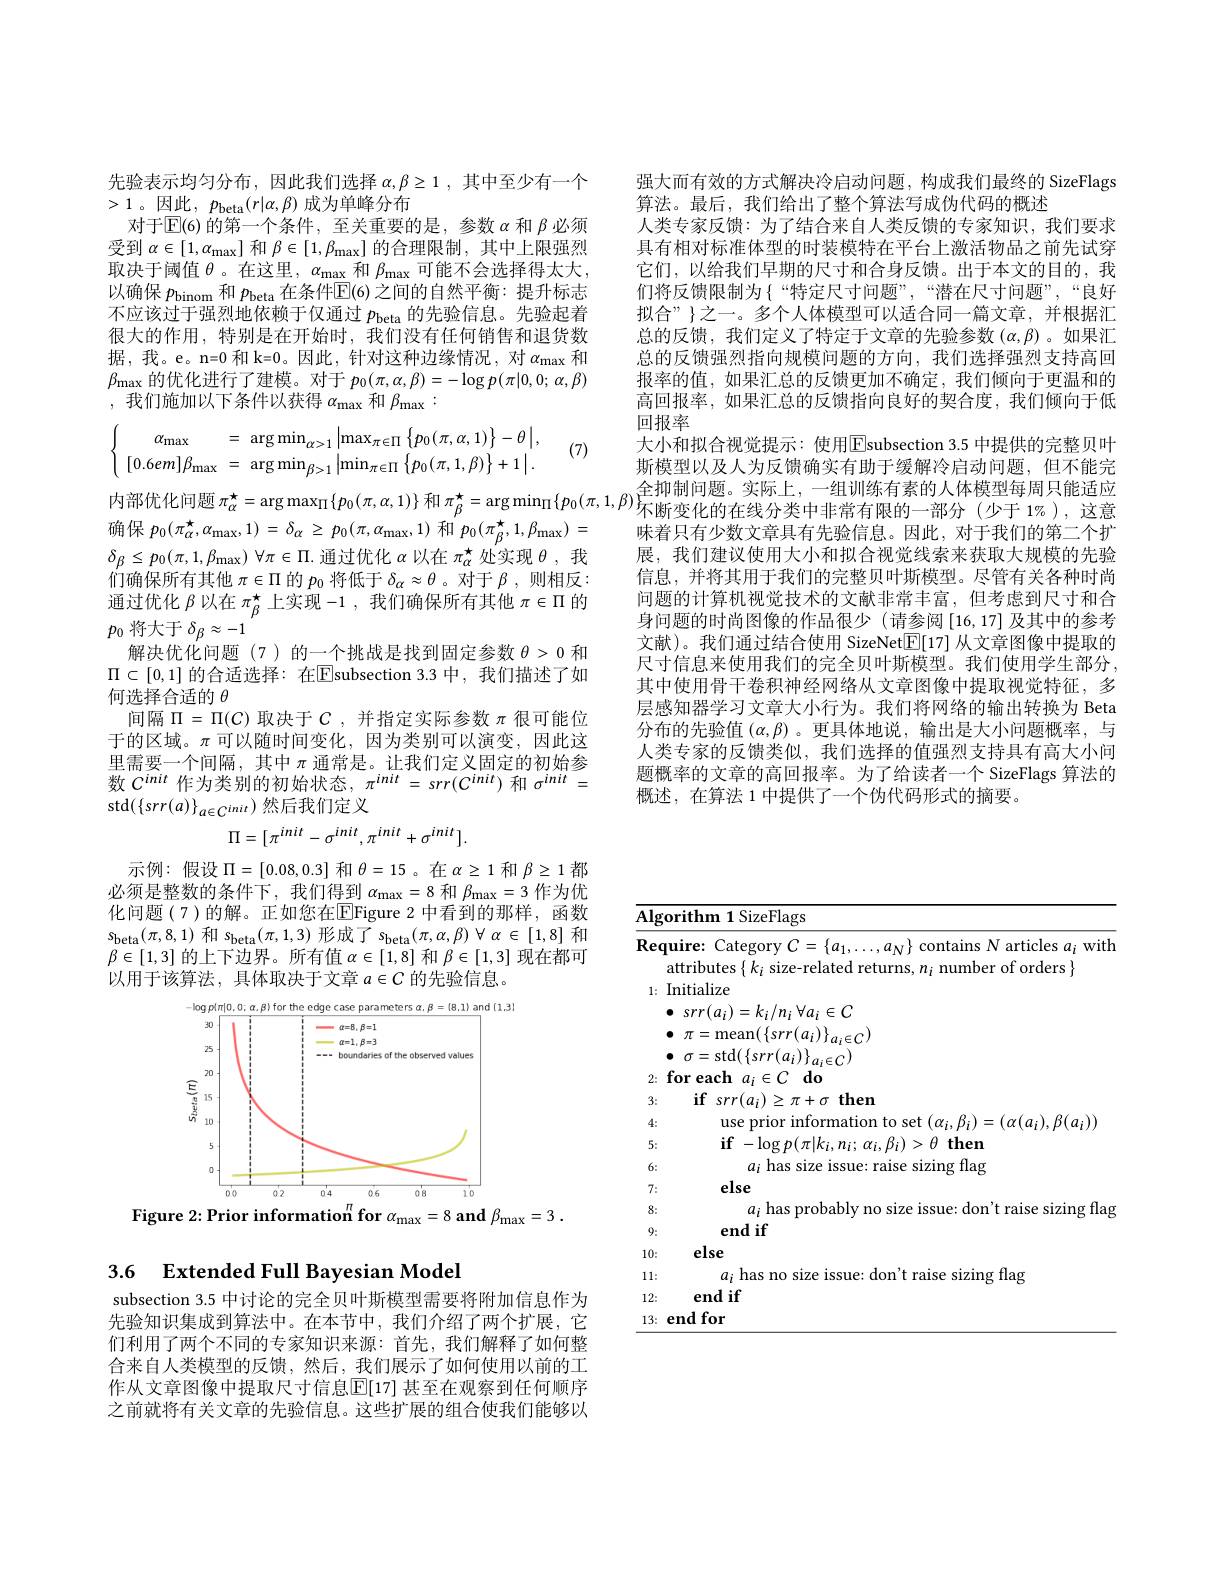
## 3.6 $\textbf{Extended Full Bayesian Model}$

subsection 3.5 中讨论的完全贝叶斯模型需要将附加信息作为先验知识集成到算法中。在本节中，我们介绍了两个扩展，它们利用了两个不同的专家知识来源：首先，我们解释了如何整合来自人类模型的反馈，然后，我们展示了如何使用以前的工作从文章图像中提取尺寸信息$\mathbb{E}[17]$ 甚至在观察到任何顺序之前就将有关文章的先验信息。这些扩展的组合使我们能够以

先验表示均匀分布，因此我们选择$\alpha,\beta\geq1$,其中至少有一个
>1。因此$,p_\mathrm{beta}(r|\alpha,\beta)$ 成为单峰分布
对于$\operatorname{E}(6)$的第一个条件，至关重要的是，参数$\alpha$和$\beta$必须受到$\alpha\in[1,\alpha_{\mathrm{max}}]$和$\beta\in[1,\beta_{\mathrm{max}}]$的合理限制，其中上限强烈取决于阈值$\theta$。在这里，$\alpha_\mathrm{max}$和$\beta_\mathrm{max}$可能不会选择得太大， 以确保$p_\mathrm{binom}$和$p_\mathrm{beta}$在条件$\mathbb{E}(6)$之间的自然平衡：提升标志不应该过于强烈地依赖于仅通过$p_\mathrm{beta}$的先验信息。先验起着很大的作用，特别是在开始时，我们没有任何销售和退货数据，我。e。n=0 和 k=0。因此，针对这种边缘情况，对$\alpha_\mathrm{max}$和$\beta_{\max}$的优化进行了建模。对于 $p_0(\pi,\alpha,\beta)=-\log p(\pi|0,0;\alpha,\beta)$ ,我们施加以下条件以获得$\alpha_\mathrm{max}$和$\beta_\mathrm{max}:$

(7)
$$\left\{\begin{array}{ccc}\alpha_{\max}&=&\arg\min_{\alpha>1}\left|\max_{\pi\in\Pi}\left\{p_0(\pi,\alpha,1)\right\}-\theta\right|,\\[0.6em]\beta_{\max}&=&\arg\min_{\beta>1}\left|\min_{\pi\in\Pi}\left\{p_0(\pi,1,\beta)\right\}+1\right|.\end{array}\right.$$
确保$p_{0}(\pi_{\alpha}^{\star},\alpha_{\max},1)=\delta_{\alpha}\geq p_{0}(\pi,\alpha_{\max},1)\text{ 和}^{\prime}p_{0}(\pi_{\beta}^{\star},1,\beta_{\max})=$ $\delta _{\beta }\leq p_{0}( \pi , 1, \beta _{\mathrm{max}})$ $\forall \pi \in \Pi .$通过优化$\alpha$以在$\pi_\alpha^{\star}$处实现$\theta$,我们确保所有其他$\pi\in\Pi$的$p_0$将低于$\delta_\alpha\approx\theta$ 。对于$\beta$,则相反： 通过优化$\beta$以在$\pi_\beta^\star$上实现 -1 ,我们确保所有其他$\pi\in\Pi$的$p_0$将大于$\delta_\beta\approx-1$
解决优化问题(7)的一个挑战是找到固定参数$\theta>0$和$\Pi\subset[0,1]$ 的合适选择：在$\boxed{\text{E}}$subsection 3.3 中，我们描述了如何选择合适的$\theta$
间隔$\Pi=\Pi(C)$取决于$C$,并指定实际参数$\pi$很可能位于的区域。$\pi$可以随时间变化，因为类别可以演变，因此这里需要一个间隔，其中$\pi$通常是。让我们定义固定的初始参数$C^init$作为类别的初始状态，$\pi^init=srr(C^{init})$和$\sigma^init=$ $\operatorname{std}(\{srr(a)\}_{a\in C^{init}})$然后我们定义
$$\Pi=[\pi^{init}-\sigma^{init},\pi^{init}+\sigma^{init}].$$
示例：假设$\Pi=[0.08,0.3]$ 和$\theta=15$。在$\alpha\geq1$ 和$\beta\geq1$ 都必须是整数的条件下，我们得到$\alpha_\mathrm{max}=8$和$\beta_\mathrm{max}=3$作为优化问题(7)的解。正如您在$\overline{\mathrm{E}}$Figure 2中看到的那样，函数$s_{\mathrm{beta}}(\pi,8,1)$和$s_\mathrm{beta}(\pi,1,3)$形成了$s_\mathrm{beta}(\pi,\alpha,\beta)\forall\alpha\in[1,8]$和$\beta\in[1,3]$的上下边界。所有值$\alpha\in[1,8]$和$\beta\in[1,3]$现在都可以用于该算法，具体取决于文章$a\in C$的先验信息。

<FigureHere>
Figure 2: Prior information$^{\pi }\textbf{for }\alpha _{\mathrm{max}}= 8\textbf{ and }\beta _{\mathrm{max}}= 3$ .

<table>
	<tbody>
		<tr>
			<td>$\overline{{\mathrm{Alg}}}$ 、</td>
			<td>${\mathbf{corithm~1~SizeFlags}}$</td>
		</tr>
		<tr>
			<td>Rec</td>
			<td>$\textbf{quire: Category }C= \{ a_{1}, \ldots , a_{N}\}$ contains $N$ articles $a_i$ with attributes $\{k_i$ size-related returns, $n_i$ number of orders $\}$</td>
		</tr>
		<tr>
			<td>1:</td>
			<td>Initialize $\bullet$ $srr( a_{i}) = k_{i}/ n_{i}$ $\forall a_{i}\in C$ 6 $\bullet$ $\pi =$mean$(\left\{srr(a_{i})\right\}_{a_{i}\in C})$ $\sigma=\operatorname{std}(\left\{srr(a_{i})\right\}_{a_{i}\in C})$</td>
		</tr>
		<tr>
			<td>3:</td>
			<td>then $i\mathbf{f}$ $srr(a_{i})$ 7 $\tau+\sigma$</td>
		</tr>
		<tr>
			<td>4:</td>
			<td>$1a$ $R(a_{:})$</td>
		</tr>
		<tr>
			<td>5</td>
			<td> </td>
		</tr>
		<tr>
			<td>6:</td>
			<td>$a_i$ has size issue: raise sizing flag</td>
		</tr>
		<tr>
			<td>7:</td>
			<td>else</td>
		</tr>
		<tr>
			<td>8:</td>
			<td>has nrobablv $10r$ 111 aise sizing flae</td>
		</tr>
		<tr>
			<td>9:</td>
			<td>end if</td>
		</tr>
		<tr>
			<td>10:</td>
			<td>else</td>
		</tr>
		<tr>
			<td>11: 112 11 1</td>
			<td>: has $\therefore$ SIZe ISS don't rase sızıng tlag 72:</td>
		</tr>
		<tr>
			<td>12:</td>
			<td>end if</td>
		</tr>
		<tr>
			<td>13:</td>
			<td>end for</td>
		</tr>
	</tbody>
</table>

强大而有效的方式解决冷启动问题，构成我们最终的 SizeFlags
算法。最后，我们给出了整个算法写成伪代码的概述
人类专家反馈：为了结合来自人类反馈的专家知识，我们要求具有相对标准体型的时装模特在平台上激活物品之前先试穿它们，以给我们早期的尺寸和合身反馈。出于本文的目的，我们将反馈限制为{“特定尺寸间题”,“潜在尺寸问题”,“良好拟合” }之一。多个人体模型可以适合同一篇文章，并根据汇总的反馈，我们定义了特定于文章的先验参数($\alpha,\beta)。如果汇$ 总的反馈强烈指向规模问题的方向，我们选择强烈支持高回报率的值，如果汇总的反馈更加不确定，我们倾向于更温和的高回报率，如果汇总的反馈指向良好的契合度，我们倾向于低回报率
大小和拟合视觉提示：使用$\boxed{\mathrm{E}}$subsection 3.5 中提供的完整贝叶斯模型以及人为反馈确实有助于缓解冷启动问题，但不能完
内部优化问题$\pi_\alpha^{\star}=\arg\max_{\Pi}\{p_0(\pi,\alpha,1)\}$和$\pi_\beta^{\star}=\arg\min_{\Pi\Gamma}\{p_0(\pi,1,\beta)_{\text{不断变化的在线分类中非常有限的一部分 }(\text{少于 1\% }),\text{这意}}$
味着只有少数文章具有先验信息。因此，对于我们的第二个扩展，我们建议使用大小和拟合视觉线索来获取大规模的先验信息，并将其用于我们的完整贝叶斯模型。尽管有关各种时尚问题的计算机视觉技术的文献非常丰富，但考虑到尺寸和合身问题的时尚图像的作品很少(请参阅[16,17]及其中的参考文献)。我们通过结合使用 SizeNet$\mathbb{E}[17]$从文章图像中提取的尺寸信息来使用我们的完全贝叶斯模型。我们使用学生部分， 其中使用骨干卷积神经网络从文章图像中提取视觉特征，多层感知器学习文章大小行为。我们将网络的输出转换为 Beta 分布的先验值$(\alpha,\beta)$ 。更具体地说，输出是大小问题概率，与人类专家的反馈类似，我们选择的值强烈支持具有高大小问题概率的文章的高回报率。为了给读者一个 SizeFlags 算法的概述，在算法 1 中提供了一个伪代码形式的摘要。